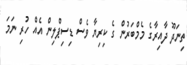
ތިނަދޫ ދާއިރާގެ މެމްބަރުން ގެ ކިރިޔާ ވެސް ޑިސިޕްލިން އެއް ހުރި ނަމަ